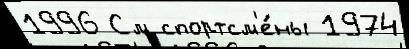
1996 См спортсм'е́ны 1974